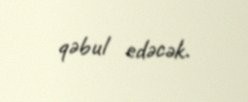
qəbul edəcək.